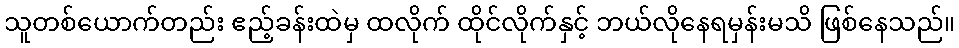
သူတစ်ယောက်တည်း ဧည့်ခန်းထဲမှ ထလိုက် ထိုင်လိုက်နှင့် ဘယ်လိုနေရမှန်းမသိ ဖြစ်နေသည်။